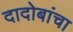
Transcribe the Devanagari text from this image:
दादोबांचा